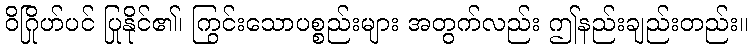
ဝိဂြိုဟ်ပင် ပြုနိုင်၏၊ ကြွင်းသောပစ္စည်းများ အတွက်လည်း ဤနည်းချည်းတည်း။